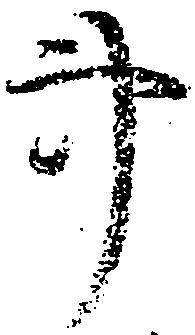
事